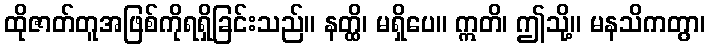
ထိုဇာတ်တူအဖြစ်ကိုရရှိခြင်းသည်။ နတ္ထိ၊ မရှိပေ။ ဣတိ၊ ဤသို့။ မနသိကတွာ၊